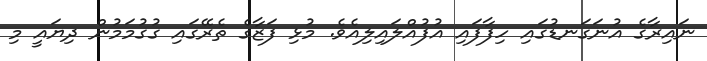
ނައިރާގެ އުނަގަނޑުގައި ހިފާފައި އުފުއްލައިލިއެވެ. މުޅި ފަޒާގެ ތެރޭގައި ގުގުމަމުން ދިޔައީ މި